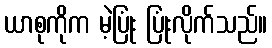
ယာစုကိုက မဲ့ပြုံး ပြုံးလိုက်သည်။